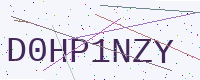
Text: D0HP1NZY